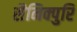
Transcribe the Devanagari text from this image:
सैनिक्पुरि